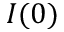
I ( 0 )